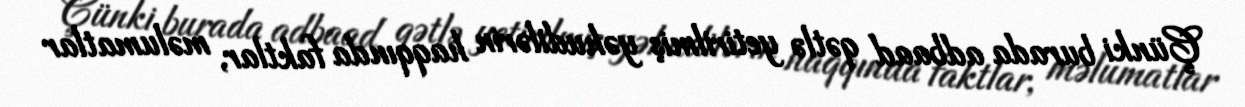
Çünki burada adbaad qətlə yetirilmiş yəhudilərin haqqında faktlar, məlumatlar